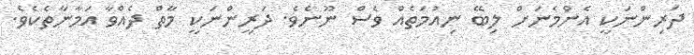
ދަރިންނަކީ އެންމެނަށް ލިބޭ ނިއުމަތެއް ވެސް ނޫނެވެ. ދަރީންނަކީ މާތް ދެއްވާ އަމާނާތެކެވެ.